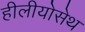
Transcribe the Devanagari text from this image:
हीलीयोसेथ